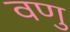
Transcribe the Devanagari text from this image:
वणु